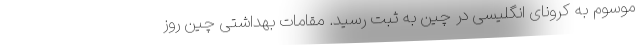
موسوم به کرونای انگلیسی در چین به ثبت رسید. مقامات بهداشتی چین روز